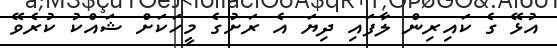
އުޅޭ ގެ ކައިރިން ލާފައި ދިޔަ އެ ރަށުގެ މީހަކަށް ޝައްކު ކުރެވޭ